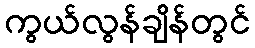
ကွယ်လွန်ချိန်တွင်